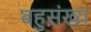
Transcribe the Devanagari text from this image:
बहुस़़ंख्य